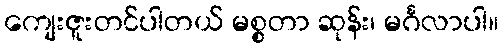
ကျေးဇူးတင်ပါတယ် မစ္စတာ ဆုန်း၊ မင်္ဂလာပါ။